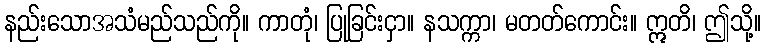
နည်းသောအသံမည်သည်ကို။ ကာတုံ၊ ပြုခြင်းငှာ။ နသက္ကာ၊ မတတ်ကောင်း။ ဣတိ၊ ဤသို့။